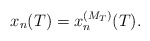
\begin{align*}x_n(T)=x_n^{(M_T)}(T).\end{align*}